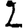
Digit: 2